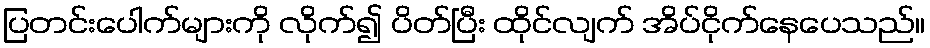
ပြတင်းပေါက်များကို လိုက်၍ ပိတ်ပြီး ထိုင်လျက် အိပ်ငိုက်နေပေသည်။